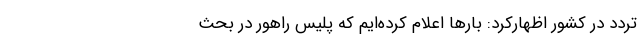
تردد در کشور اظهارکرد: بارها اعلام کرده‌ایم که پلیس راهور در بحث